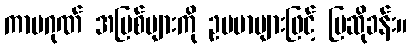
ကာမဂုဏ် အပြစ်များကို ဥပမာများဖြင့် ပြဆိုခန်း။